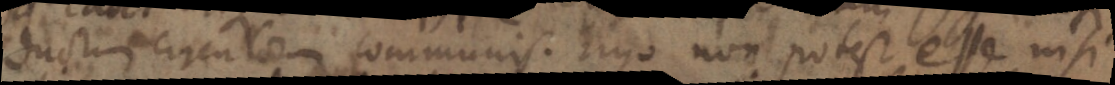
ductum circulem communis. ergo non potest esse nisi